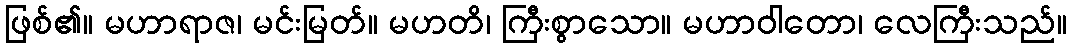
ဖြစ်၏။ မဟာရာဇ၊ မင်းမြတ်။ မဟတိ၊ ကြီးစွာသော။ မဟာဝါတော၊ လေကြီးသည်။